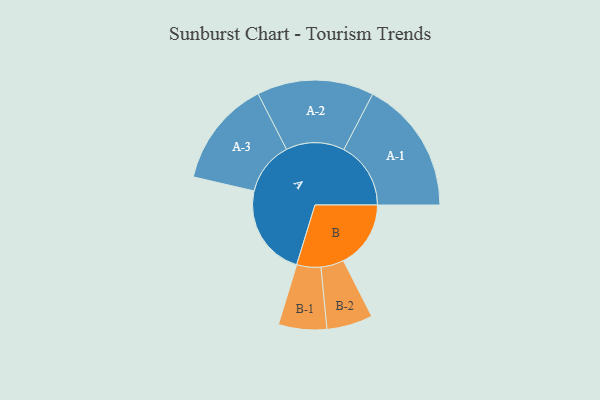
{"axis": {"x": "Segment", "y": "Value"}, "legend": ["", "A", "B"], "data": [{"x": "A", "y": 400, "type": ""}, {"x": "B", "y": 293, "type": ""}, {"x": "A-1", "y": 291, "type": "A"}, {"x": "A-2", "y": 254, "type": "A"}, {"x": "A-3", "y": 232, "type": "A"}, {"x": "B-1", "y": 105, "type": "B"}, {"x": "B-2", "y": 100, "type": "B"}]}